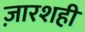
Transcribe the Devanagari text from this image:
ज़ारशही